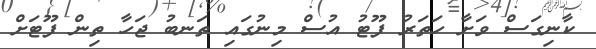
ކާނިގަސް ވަށާ ހަތަރު ފޫޓު އުސް މިނުގައި ތަނބު ޖަހާ ތިން ފޫޓަށް